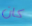
كان